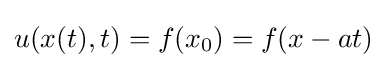
u(x(t),t)=f(x_{0})=f(x-at)